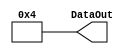
module ConstantValueGenerator #(parameter W=32, parameter value=4)(DataOut);
output wire [W-1:0] DataOut;
assign DataOut = value;
endmodule